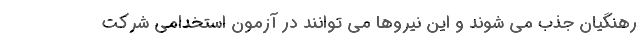
رهنگیان جذب می شوند و این نیروها می توانند در آزمون استخدامی شرکت